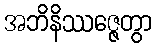
အဘိနိဿဇ္ဇေတွာ